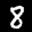
Label: 8